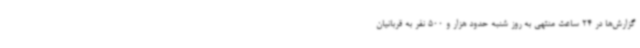
گزارش‌ها در 24 ساعت منتهی به روز شنبه حدود هزار و 500 نفر به قربانیان